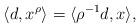
LaTeX: \begin{align*}\langle d , x^\rho \rangle = \langle \rho^{-1} d , x \rangle,\end{align*}